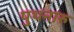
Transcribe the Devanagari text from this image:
पुथनारु